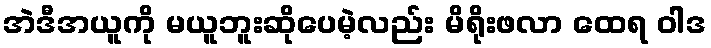
အဲဒီအယူကို မယူဘူးဆိုပေမဲ့လည်း မိရိုးဖလာ ထေရ ဝါဒ